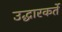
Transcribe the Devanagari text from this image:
उद्धारकर्ते